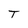
Character: T